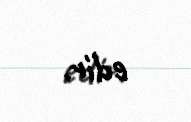
edir.